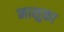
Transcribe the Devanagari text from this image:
माशुका